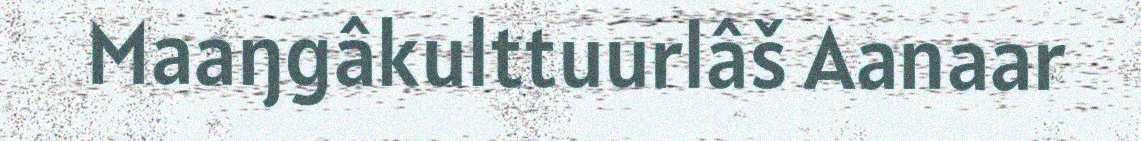
Maaŋgâkulttuurlâš Aanaar